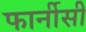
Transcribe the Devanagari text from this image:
फार्नीसी